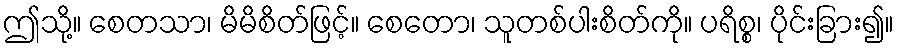
ဤသို့။ စေတသာ၊ မိမိစိတ်ဖြင့်။ စေတော၊ သူတစ်ပါးစိတ်ကို။ ပရိစ္စ၊ ပိုင်းခြား၍။